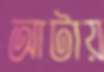
আটায়